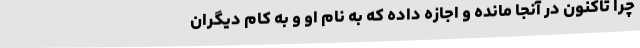
چرا تاکنون در آنجا مانده و اجازه داده که به نام او و به کام دیگران